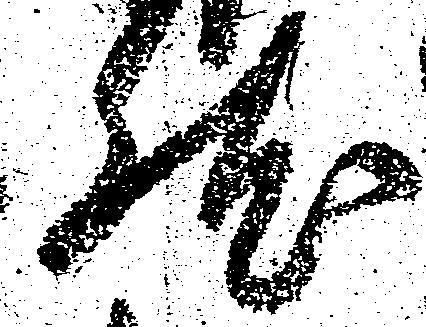
然